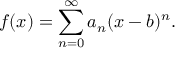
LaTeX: f ( x ) = \sum _ { n = 0 } ^ { \infty } a _ { n } ( x - b ) ^ { n } .